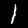
Digit: 1